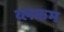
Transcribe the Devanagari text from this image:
व्लकम